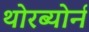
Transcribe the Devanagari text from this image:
थोरब्योर्न